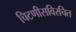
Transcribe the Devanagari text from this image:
चिटणीसविरचित